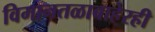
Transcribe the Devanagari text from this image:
विमानतळाबाहेरही